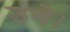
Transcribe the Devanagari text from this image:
उगे।